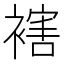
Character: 𧜅